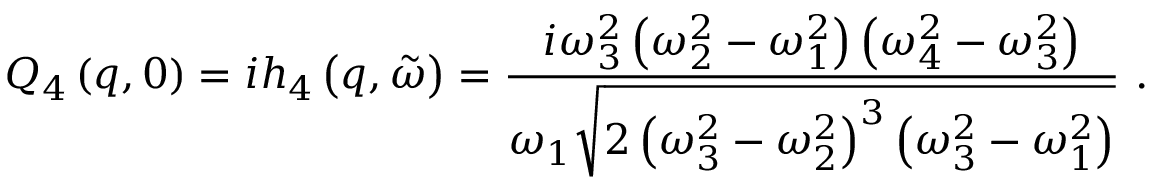
Q _ { 4 } \left( q , 0 \right) = i h _ { 4 } \left( q , \tilde { \omega } \right) = \frac { i \omega _ { 3 } ^ { 2 } \left( \omega _ { 2 } ^ { 2 } - \omega _ { 1 } ^ { 2 } \right) \left( \omega _ { 4 } ^ { 2 } - \omega _ { 3 } ^ { 2 } \right) } { \omega _ { 1 } \sqrt { 2 \left( \omega _ { 3 } ^ { 2 } - \omega _ { 2 } ^ { 2 } \right) ^ { 3 } \left( \omega _ { 3 } ^ { 2 } - \omega _ { 1 } ^ { 2 } \right) } } \ .